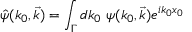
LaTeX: \hat { \psi } ( k _ { 0 } , \vec { k } ) = \int _ { \Gamma } d k _ { 0 } ~ \psi ( k _ { 0 } , \vec { k } ) e ^ { i k _ { 0 } x _ { 0 } }